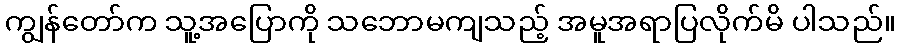
ကျွန်တော်က သူ့အပြောကို သဘောမကျသည့် အမူအရာပြလိုက်မိ ပါသည်။